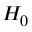
H _ { 0 }